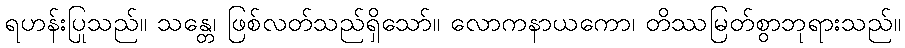
ရဟန်းပြုသည်။ သန္တေ၊ ဖြစ်လတ်သည်ရှိသော်။ လောကနာယကော၊ တိဿမြတ်စွာဘုရားသည်။